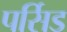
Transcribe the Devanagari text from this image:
पर्सिड